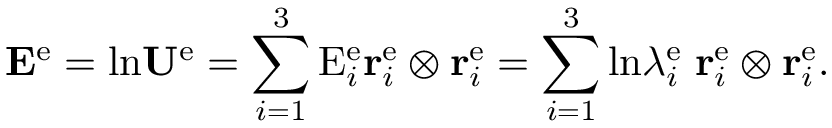
{ \bf E } ^ { \mathrm { e } } = \mathrm { l n } { \bf U } ^ { \mathrm { e } } = \sum _ { i = 1 } ^ { 3 } \mathrm { E } _ { i } ^ { \mathrm { e } } { \bf r } _ { i } ^ { \mathrm { e } } \otimes { \bf r } _ { i } ^ { \mathrm { e } } = \sum _ { i = 1 } ^ { 3 } \mathrm { l n } \lambda _ { i } ^ { \mathrm { e } } \; { \bf r } _ { i } ^ { \mathrm { e } } \otimes { \bf r } _ { i } ^ { \mathrm { e } } .